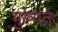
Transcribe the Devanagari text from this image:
मुख्यतः